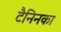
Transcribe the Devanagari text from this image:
टैनिनका